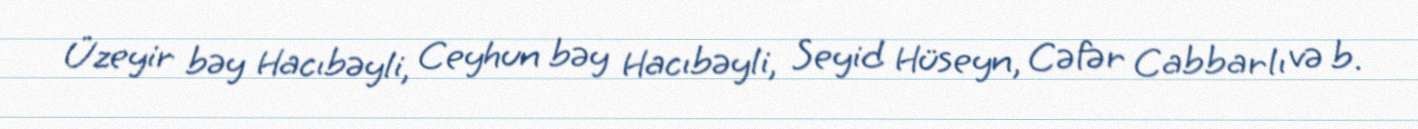
Üzeyir bəy Hacıbəyli, Ceyhun bəy Hacıbəyli, Seyid Hüseyn, Cəfər Cabbarlı və b.